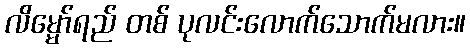
လိမ္မော်ရည် တစ် ပုလင်းလောက်သောက်မလား။